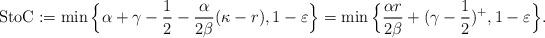
LaTeX: \begin{align*}\textup{StoC} := \min\Big\{ \alpha+\gamma-\frac{1}{2}-\frac{\alpha}{2\beta} (\kappa- r), 1-\varepsilon \Big\}= \min\Big\{ \frac{\alpha r}{2\beta} + (\gamma-\frac{1}{2})^{+}, 1-\varepsilon \Big\}.\end{align*}